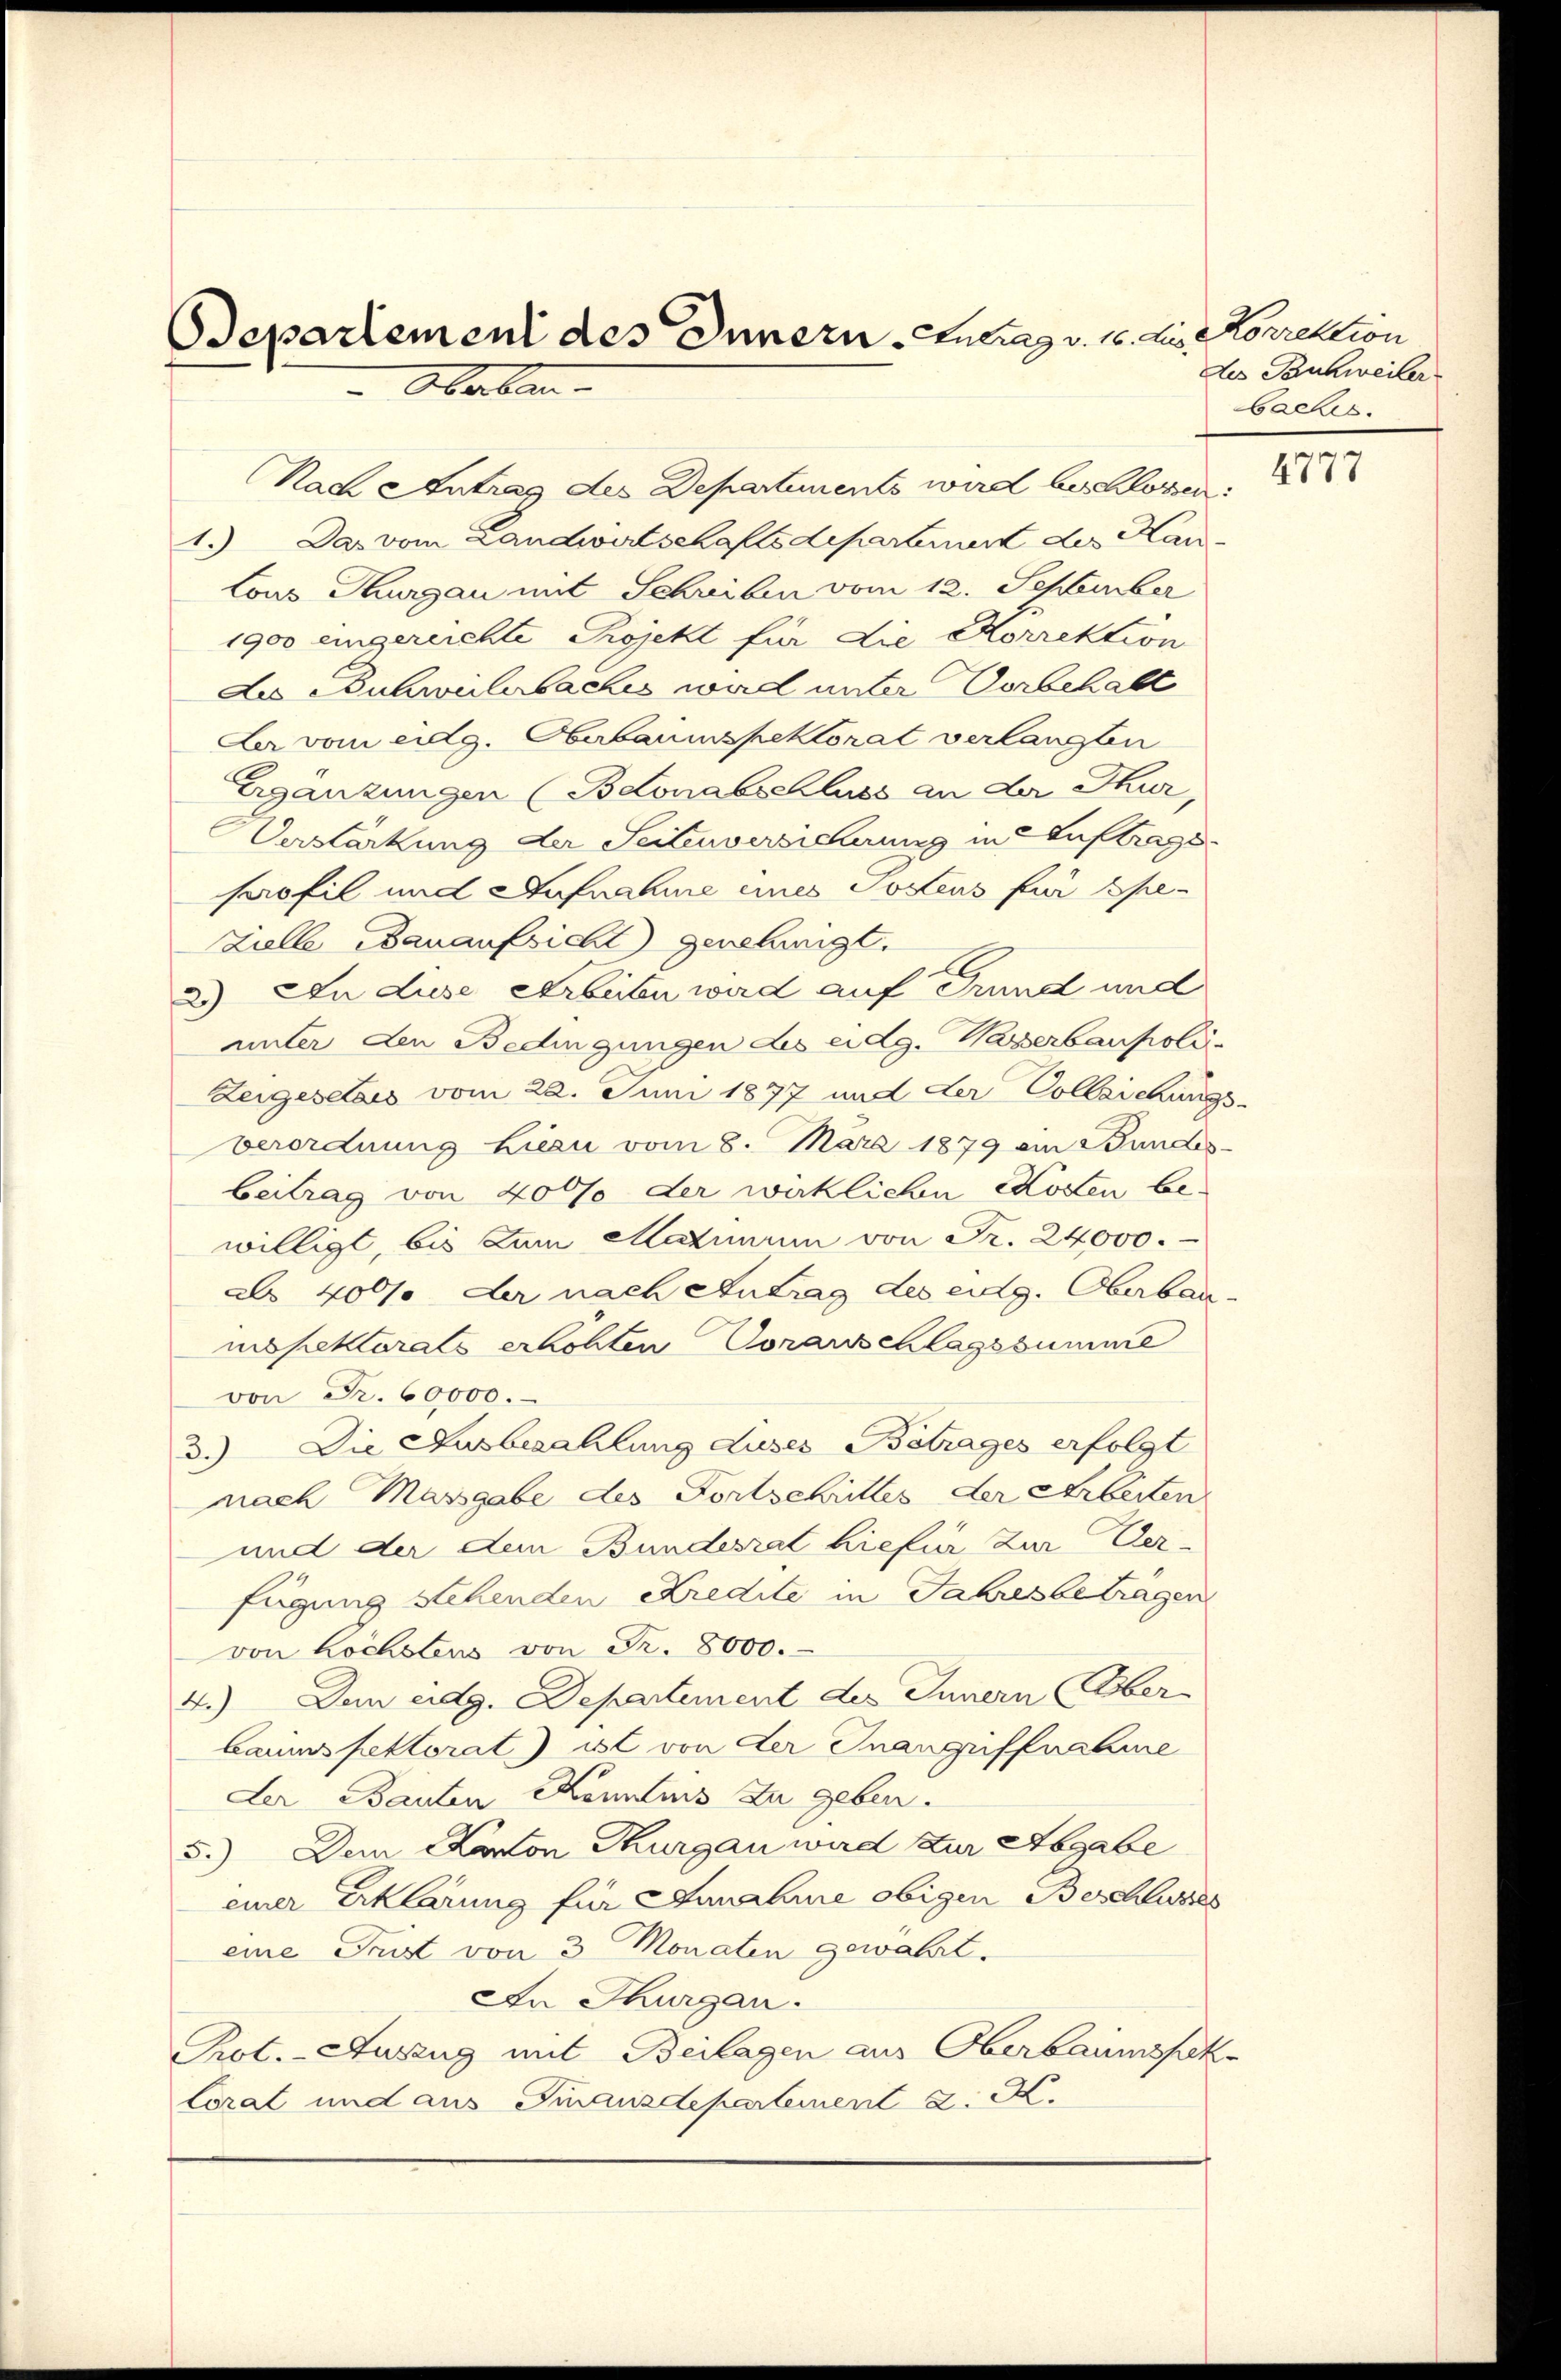
Departement des Innern. Eintrag/Antrag v. 16. die Korrektion
Oberban

Nach Antrag des Departements wird beschlossen:
1.) Das vom Landwirtschaftsdepartement des Kan
Lous Thurgau mit Schreiben vom 12. September
1900 eingereichte Projekt für die Korrektion
des Buchwilerbaches ward unter Vorbehalt
Der vom eidg. Oberbaumspektorat verlangten
Ergänzungen (Bdlonabschluss an der Thur,
Verstärkung der Seitenversicherung in Auftrags.
profil und Aufnahme eines Postens für Spezielle Bauaufsicht genehmigt.
2) In diese Arbeiten wird auf Grund und
unter den Bedingungen des eidg. Wasserbaupoli
Zeigesetzes vom 22. Juni 1877 und der Colleichungs-
verordnung hiezu vom 8. März 1879 ein Bundes-
beitrag von 4000 der wirklichen Kosten bewilligt, bis zum Matruum von Fr. 24000.
als 4000 der nach Antrag des eidg. Oberbaumspektorats erhöhten Voranschlagssumme
von Fr. 60000.
3.) Die Ausbezahlung duses Betrages erfolgt
nach Massgabe des Fortschrittes der Arbeiten
und der dem Bundesrat hiefür zur Verfügung stehenden Kredite in Jahres betragen
von höchstens von Fr. 8000.
4.) Dem eidg. Departement des Innern (Ober-
bauinspettorat) ist von der Inangriffnahme
Der Bauten Kenntnis zu geben.
5.) Dem Kanton Thurgau wird zur Abgabe
einer Erklärung für Annahme obigen Beschlusses
eine Frist von 3 Monaten gewährt.
An Thurgau.
Prot. - Auszug mit Beilagen aus Oberbaumspek-
lorat und aus Finanzdepartement d. M.

des Pankweiler
baches.

4777